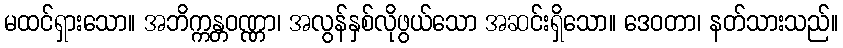
မထင်ရှားသော။ အဘိက္ကန္တဝဏ္ဏာ၊ အလွန်နှစ်လိုဖွယ်သော အဆင်းရှိသော။ ဒေဝတာ၊ နတ်သားသည်။